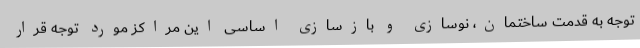
توجه به قدمت ساختمان، نوسازی و بازسازی اساسی این مراکز مورد توجه قرار